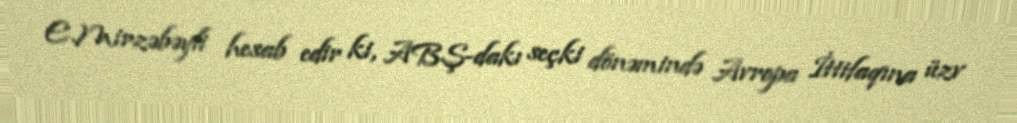
E.Mirzəbəyli hesab edir ki, ABŞ-dakı seçki dönəmində Avropa İttifaqına üzv